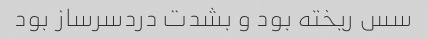
سس ریخته بود و بشدت دردسرساز بود